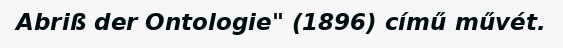
Abriß der Ontologie" (1896) című művét.